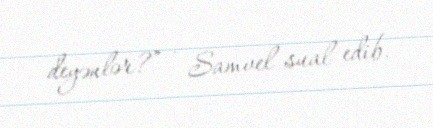
deyənlər?” - Samvel sual edib.